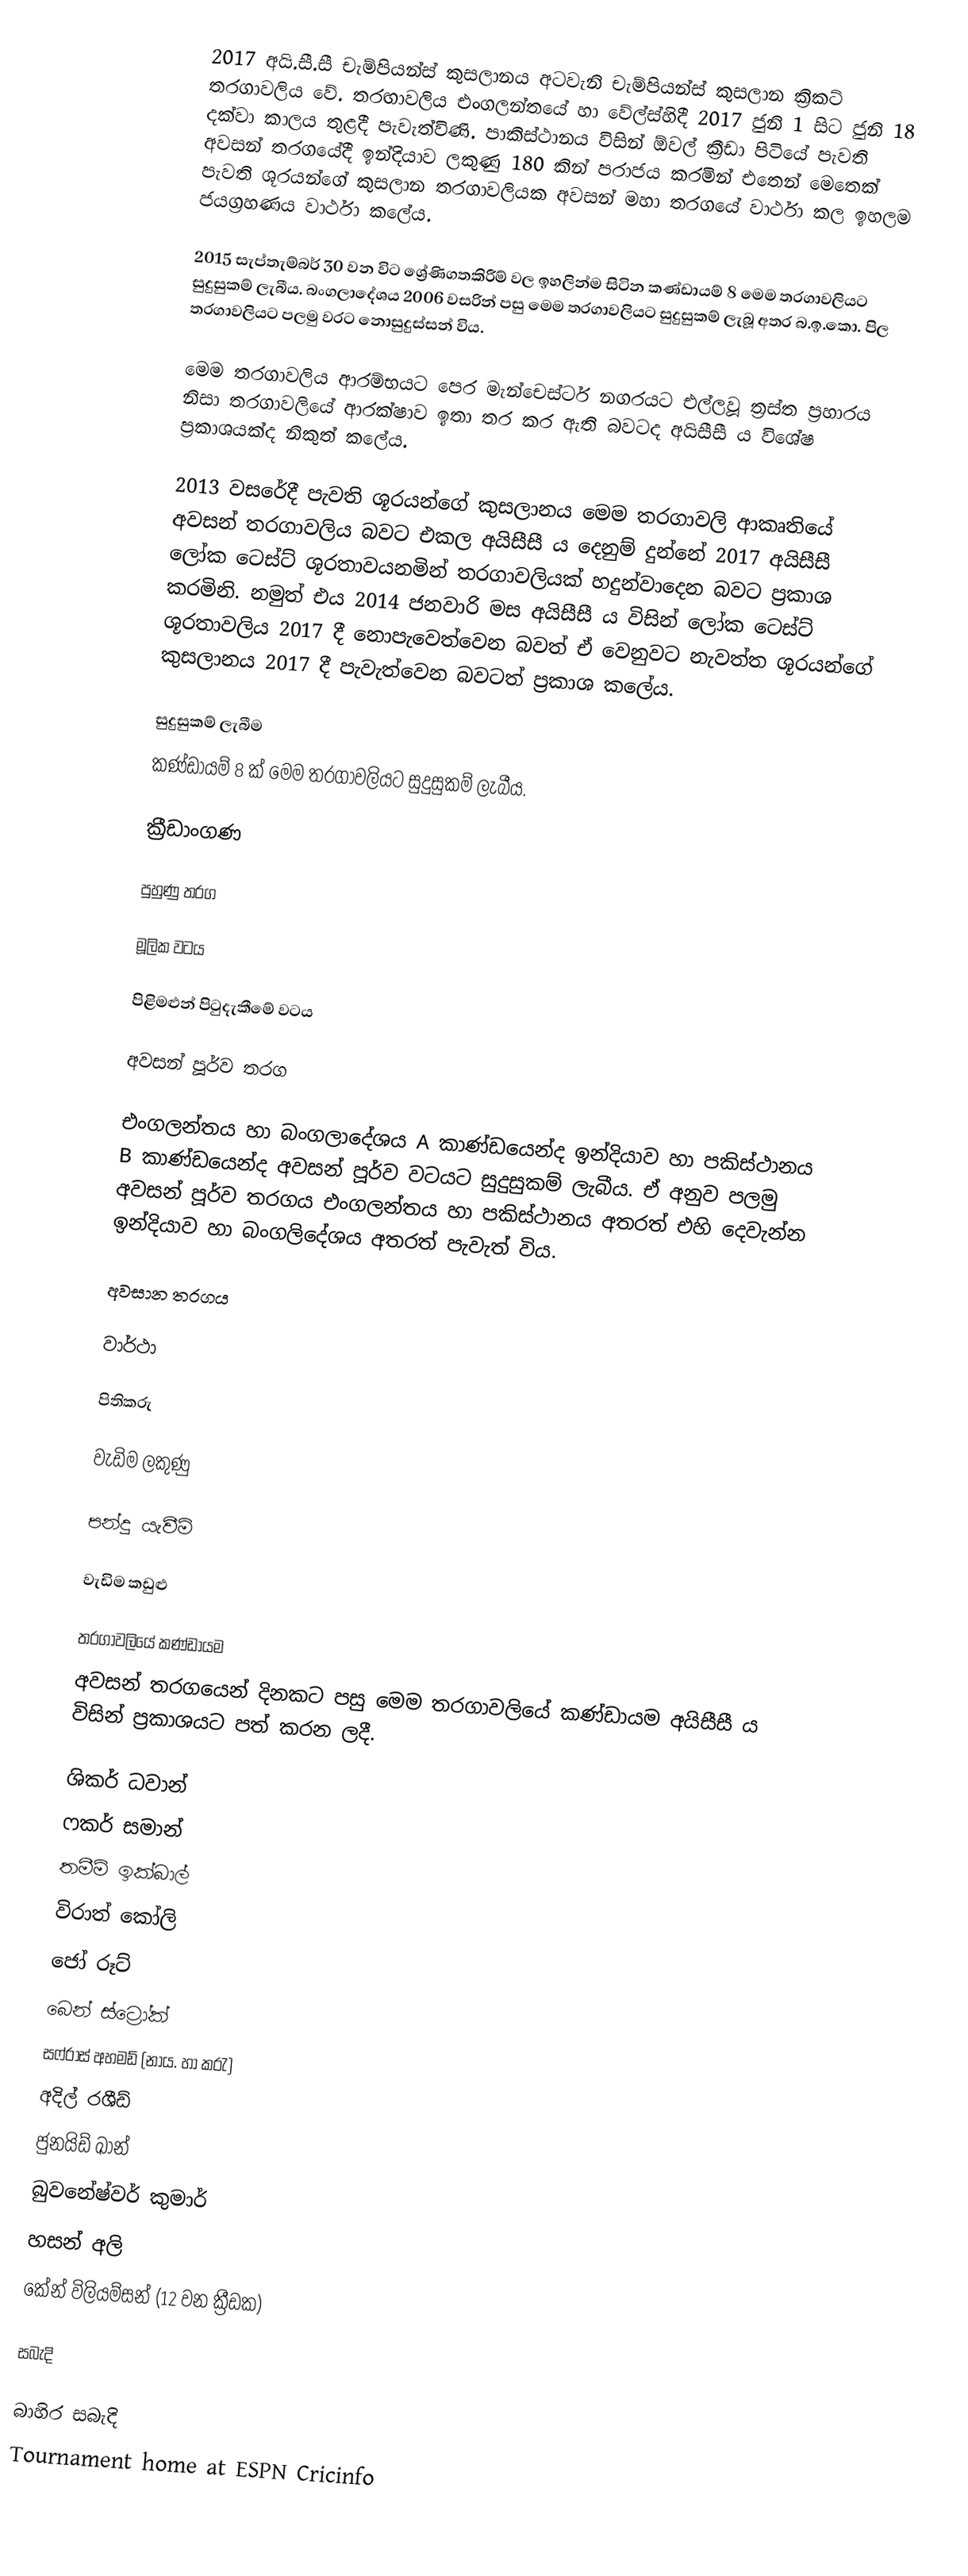
2017 අයි.සී.සී චැම්පියන්ස් කුසලානය අටවැනි චැම්පියන්ස් කුසලාන ක්‍රිකට් තරගාවලිය වේ. තරඟාවලිය එංගලන්තයේ හා වේල්ස්හිදී 2017 ජුනි 1 සිට ජුනි 18 දක්වා කාලය තුළදී පැවැත්විණි.  පාකිස්ථානය විසින් ඕවල් ක්‍රීඩා පිටියේ පැවති අවසන් තරගයේදී ඉන්දියාව ලකුණු 180 කින් පරාජය කරමින් එතෙන් මෙතෙක් පැවති ශූරයන්ගේ කුසලාන තරගාවලියක අවසන් මහා තරගයේ වාර්ථා කල ඉහලම ජයග්‍රහණය වාර්ථා කලේය.

2015 සැප්තැම්බර් 30 වන විට ශ්‍රේණිගතකිරීම් වල ඉහලින්ම සිටින කණ්ඩායම් 8 මෙම තරගාවලියට සුදුසුකම් ලැබීය. බංගලාදේශය 2006 වසරින් පසු මෙම තරගාවලියට සුදුසුකම් ලැබූ අතර බ.ඉ.කො. පිල තරගාවලියට පලමු වරට නොසුදුස්සන් විය.

මෙම තරගාවලිය ආරම්භයට පෙර මැන්චෙස්ටර් නගරයට එල්ලවූ ත්‍රස්ත ප්‍රහාරය නිසා තරගාවලියේ ආරක්ෂාව ඉතා තර කර ඇති බවටද අයිසීසී ය විශේෂ ප්‍රකාශයක්ද නිකුත් කලේය.

2013 වසරේදී පැවති ශූරයන්ගේ කුසලානය මෙම තරගාවලි ආකෘතියේ අවසන් තරගාවලිය බවට එකල අයිසීසී ය දෙනුම් දුන්නේ 2017 අයිසීසී ලෝක ටෙස්ට් ශූරතාවයනමින් තරගාවලියක් හදුන්වාදෙන බවට ප්‍රකාශ කරමිනි. නමුත් එය 2014 ජනවාරි මස අයිසීසී ය විසින් ලෝක ටෙස්ට් ශූරතාවලිය 2017 දී නොපැවෙත්වෙන බවත් ඒ වෙනුවට නැවත්ත ශූරයන්ගේ කුසලානය 2017 දී පැවැත්වෙන බවටත් ප්‍රකාශ කලේය.

සුදුසුකම් ලැබීම
කණ්ඩායම් 8 ක් මෙම තරගාවලියට සුදුසුකම් ලැබීය.

ක්‍රීඩාංගණ

පුහුණු තරග

මූලික වටය

පිළිමළුන් පිටුදැකීමේ වටය

අවසන් පූර්ව තරග

එංගලන්තය හා බංගලාදේශය A කාණ්ඩයෙන්ද ඉන්දියාව හා පකිස්ථානය B කාණ්ඩයෙන්ද අවසන් පූර්ව වටයට සුදුසුකම් ලැබීය. ඒ අනුව පලමු අවසන් පූර්ව තරගය එංගලන්තය හා පකිස්ථානය අතරත් එහි දෙවැන්න ඉන්දියාව හා බංගලිදේශය අතරත් පැවැත් විය.

අවසාන තරගය

වාර්ථා

පිතිකරු

වැඩිම ලකුණු

පන්දු යැවීම්

වැඩිම කඩුළු

තරගාවලියේ කණ්ඩායම
අවසන් තරගයෙන් දිනකට පසු මෙම තරගාවලියේ කණ්ඩායම අයිසීසී ය විසින් ප්‍රකාශයට පත් කරන ලදී.

 ශිකර් ධවාන්
 ෆකර් සමාන්
 තමීම් ඉක්බාල්
 විරාත් කෝලි
 ජෝ රූට්
 බෙන් ස්ට්‍රෝක්
 සෆ්රාස් අහමඩ් (නාය. හා කරැ)
 අදිල් රශීඩ්
 ජුනයිඩ් ඛාන්
 බුවනේෂ්වර් කුමාර්
 හසන් අලි
 කේන් විලියම්සන් (12 වන ක්‍රීඩක)

සබැදි

බාහිර සබැදි
 Tournament home at ESPN Cricinfo